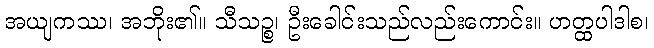
အယျကဿ၊ အဘိုး၏။ သီသဉ္စ၊ ဦးခေါင်းသည်လည်းကောင်း။ ဟတ္ထပါဒါစ၊